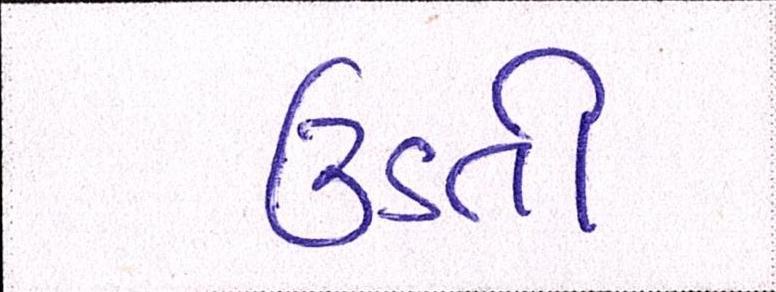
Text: ઉડતી